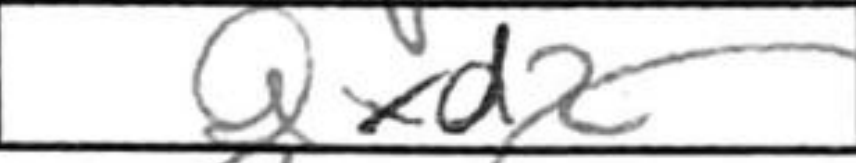
Transcription: Qxd2